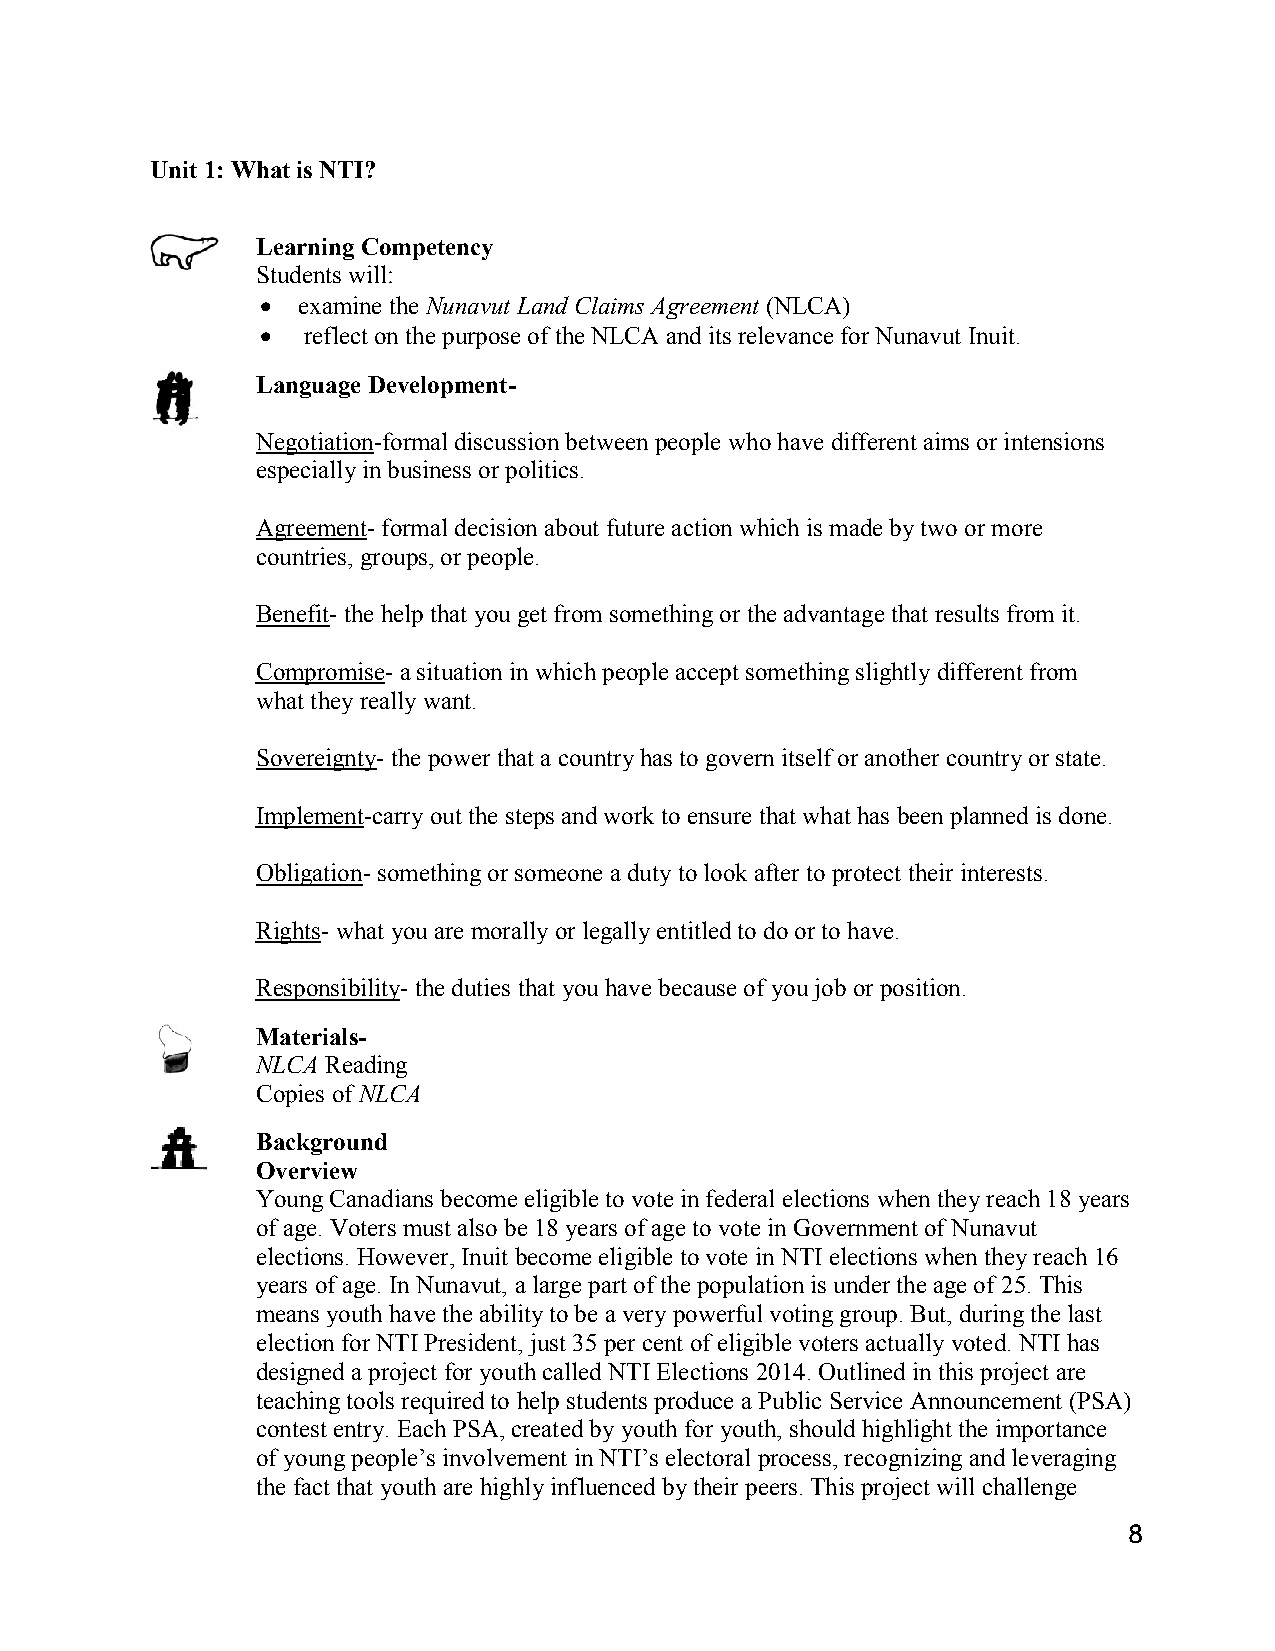
Unit 1: What is NTI?
 Learning Competency
 Students will:
   examine the Nunavut Land Claims Agreement (NLCA)
   reflect on the purpose of the NLCA and its relevance for Nunavut Inuit.
 Language Development-
 Negotiation-formal discussion between people who have different aims or intensions
 especially in business or politics.
 Agreement- formal decision about future action which is made by two or more
 countries, groups, or people.
 Benefit- the help that you get from something or the advantage that results from it.
 Compromise- a situation in which people accept something slightly different from
 what they really want.
 Sovereignty- the power that a country has to govern itself or another country or state.
 Implement-carry out the steps and work to ensure that what has been planned is done.
 Obligation- something or someone a duty to look after to protect their interests.
 Rights- what you are morally or legally entitled to do or to have.
 Responsibility- the duties that you have because of you job or position.
 Materials-
 NLCA Reading
 Copies of NLCA
 Background
 Overview
 Young Canadians become eligible to vote in federal elections when they reach 18 years
 of age. Voters must also be 18 years of age to vote in Government of Nunavut
 elections. However, Inuit become eligible to vote in NTI elections when they reach 16
 years of age. In Nunavut, a large part of the population is under the age of 25. This
 means youth have the ability to be a very powerful voting group. But, during the last
 election for NTI President, just 35 per cent of eligible voters actually voted. NTI has
 designed a project for youth called NTI Elections 2014. Outlined in this project are
 teaching tools required to help students produce a Public Service Announcement (PSA)
 contest entry. Each PSA, created by youth for youth, should highlight the importance
 of young people’s involvement in NTI’s electoral process, recognizing and leveraging
 the fact that youth are highly influenced by their peers. This project will challenge
 8